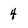
Character: 4